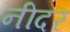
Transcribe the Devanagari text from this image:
नीदर